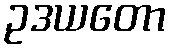
ဥဒယတော